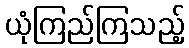
ယုံကြည်ကြသည့်